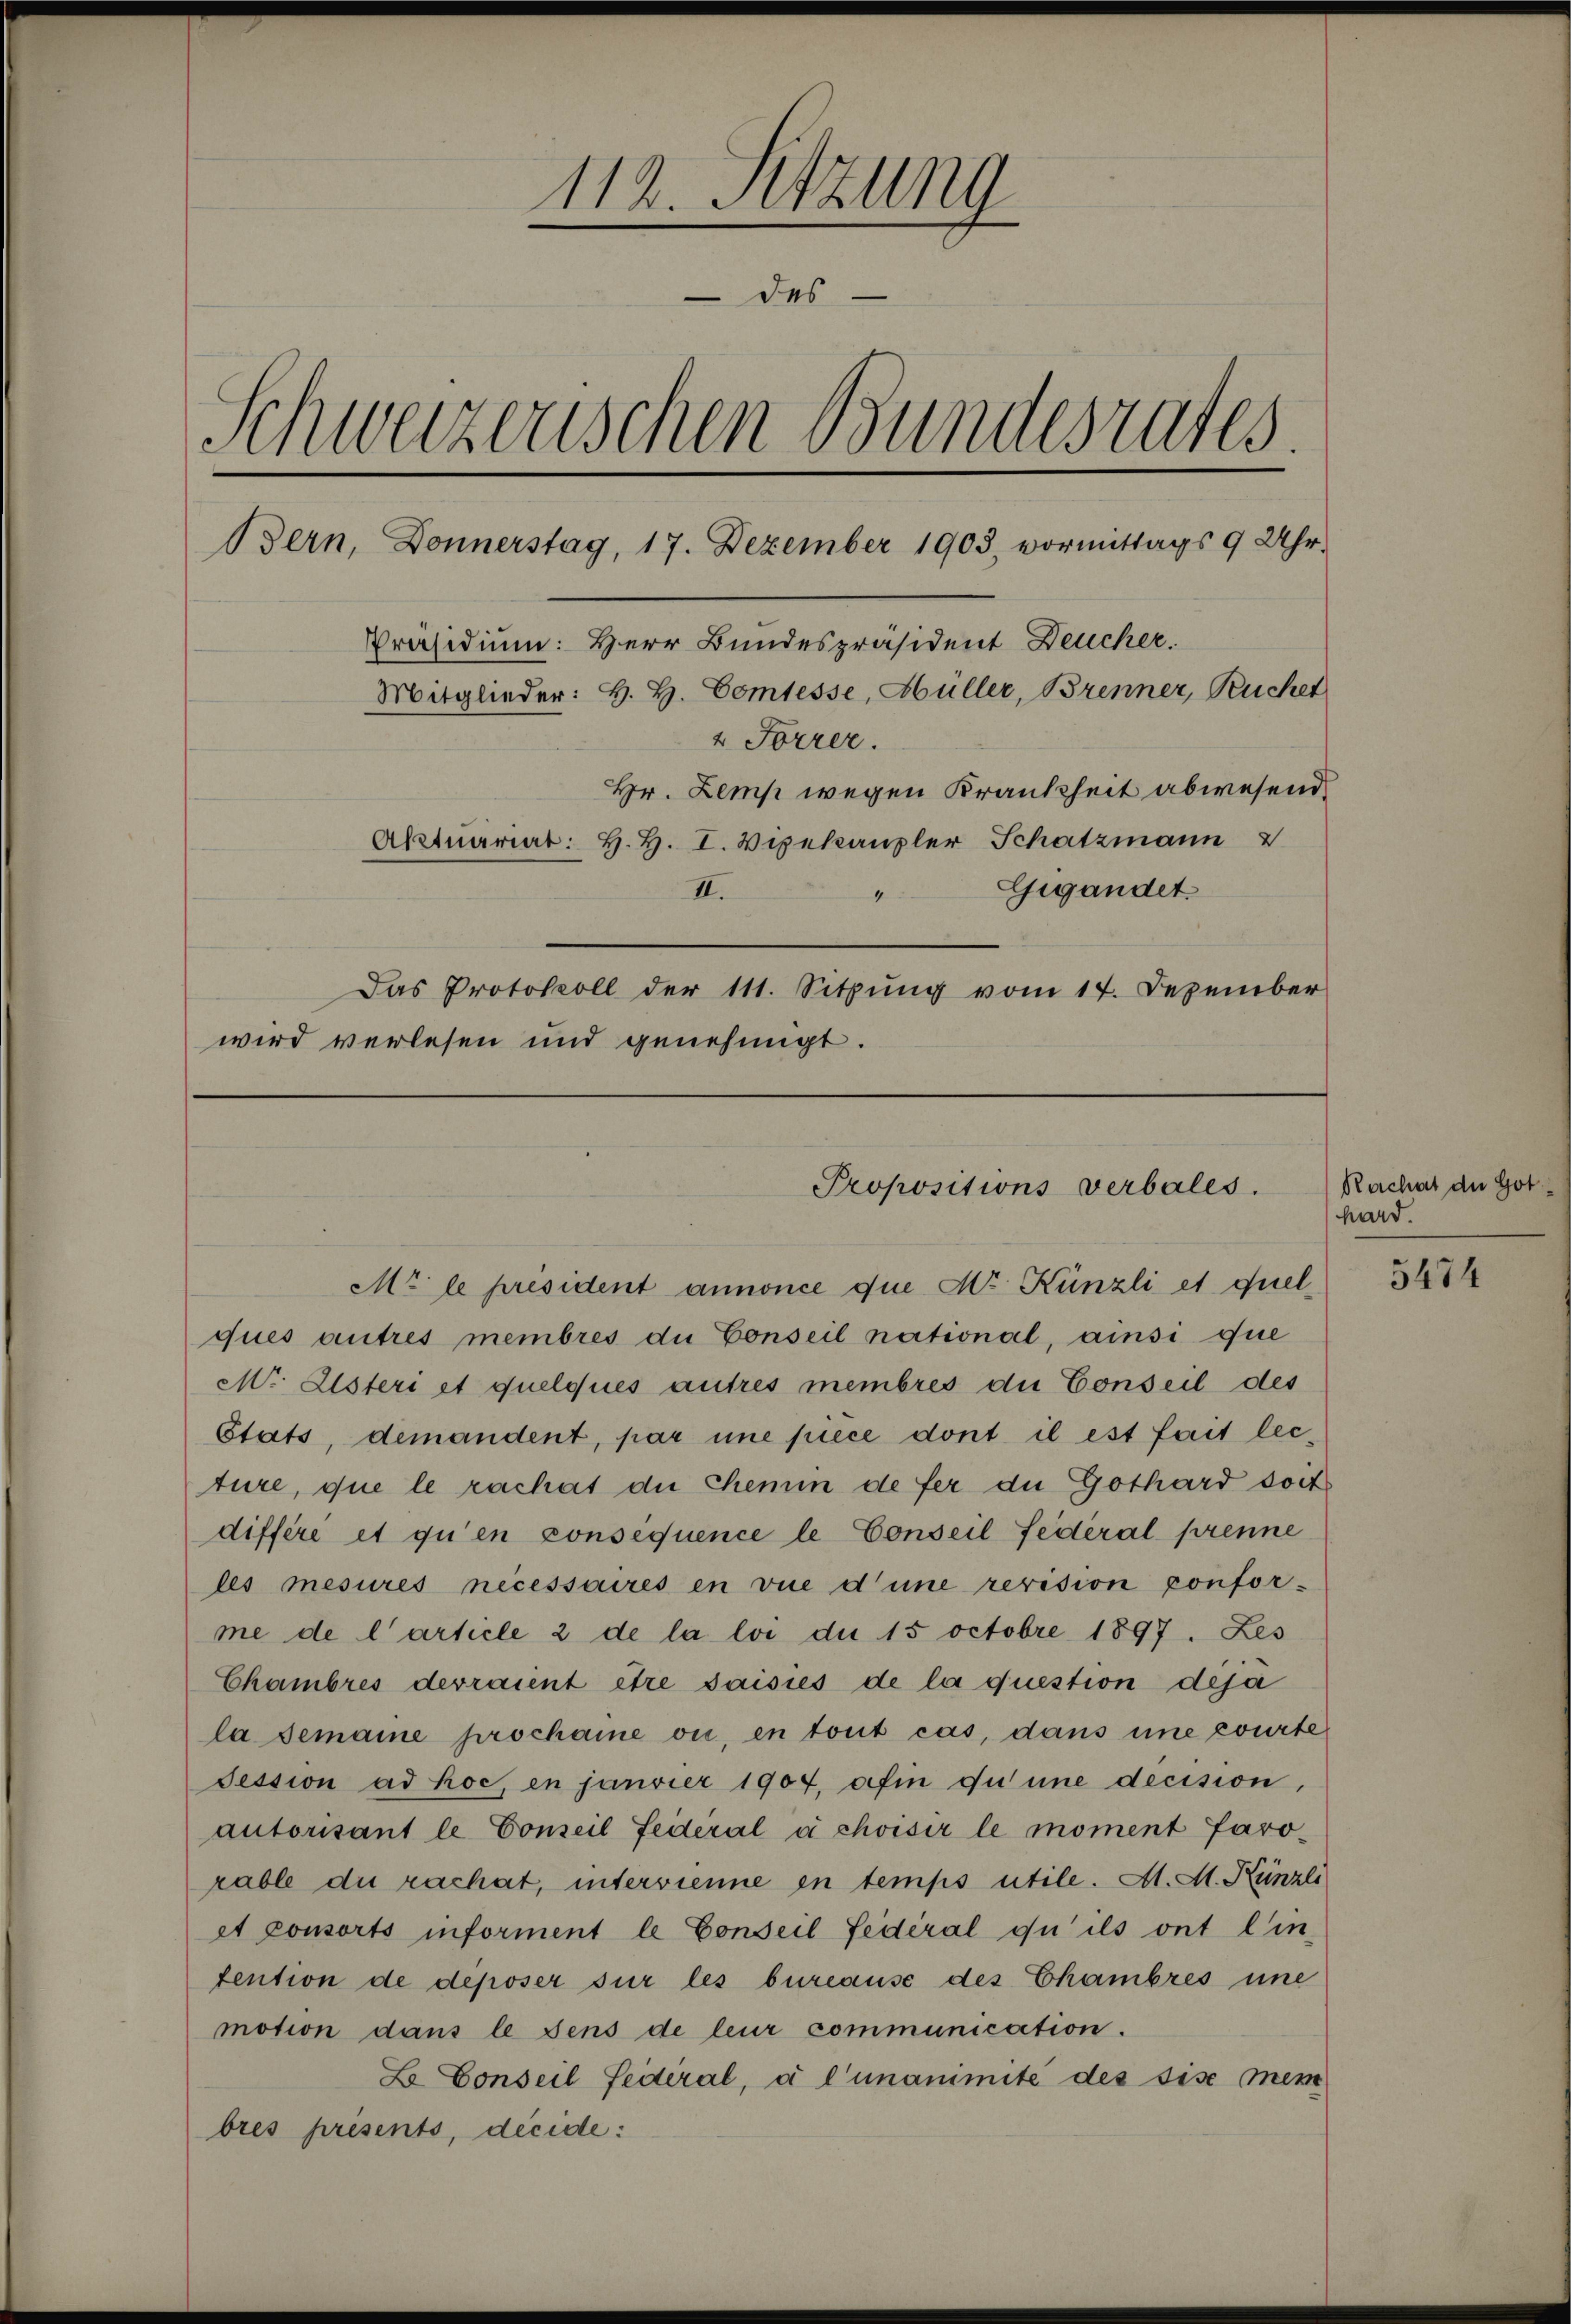
112. Setzung
des
Schweizerischen Bundesrates.
Bern, Donnerstag, 17. Dezember 1903, vormittags 9 Uhr.
Präsidium: Herr Bundespräsident Deucher.
Mitglieder: H. H. Comtesse, Hüller, Brenner, Ruchet
4 Forrer.
Hr. Lemp wegen Krankheit abwesend
Aktuariat: H. H. I. Vizekanzler Schatzmann
Gigandet.
II.

wird verlesen und genehmigt.

Das Protokoll der 111. Sitzŭng vom 17. Dezember

Propositionsverbales.

Mr le president annonce que Hr. Künzli et quelques autres membres du Conseil national, ainsi que
Mr. Alsteri et quelques autres membres die Conseil des
Etats, demandent, par une piece dont il est fait lecture, que le rachat die Chemin de fer die Gothard soit
différe et qu’en consequence le Conseil fédéral prenne
les mesures necessaires en vue d’une revision conforme de l’article 2 de la loi die 15 octobre 1897. Les
Chambres devraient être saisies de la question deja
la semaine prochame vi, en tout cas, dans une courte
Pession ad hoc, en janvier 1904, afin du une decision,
autorisant le Conseil Federal à choisir le moment Jaro-
rable du rachat, intervienne in temps utile. Al. M. Künzli
et consorts informent le Conseil fédéral qu’ ils ont l’in-
tention de deposer sur les bureause des Chambres une
motion dans le dens de leur communication.
L. Conseil fédéral, à l’unanimité des sise mem
bres presents, decide:

Rachat der Got
hard.

3474